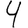
Digit: 4